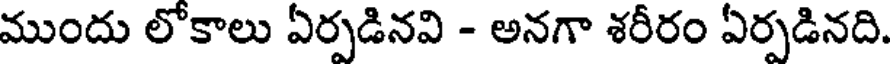
ముందు లోకాలు ఏర్పడినవి - అనగా శరీరం ఏర్పడినది.